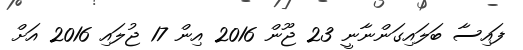
ފައިސާ ބަލައިގަންނާނީ 23 ޖޫން 2016 އިން 17 ޖުލައި 2016 އަށް